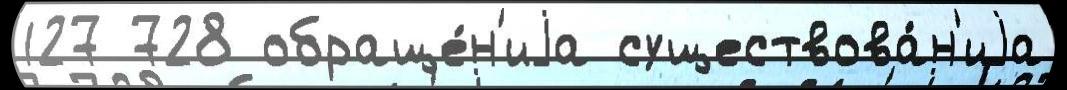
127 728 обраще́н'иjа существова́н'иjа